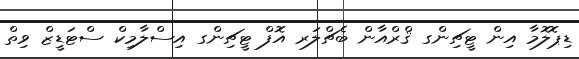
ޑިޕޮލޮމާ އިން ޓީޗިންގ ޤްރްއާން ބެޗްލަރ އޮފް ޓީޗިންގ އިސްލާމިކް ސްޓަޑީޒް ވިތް